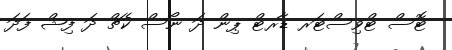
ޓޮސް ޓްވިސްޓަރ ޑާރޓް ޕިން ދަ ނޯސް ކެޗް ދަ ފިޝް ފަދަ